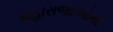
મહારાજાઓનો